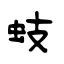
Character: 蚑